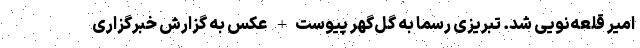
امیر قلعه‌نویی شد. تبریزی رسما به گل‌گهر پیوست+ عکس به گزارش خبرگزاری